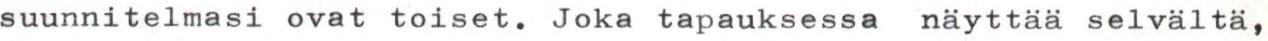
suunnitelmasi ovat toiset. Joka tapauksessa näyttää selvältä,